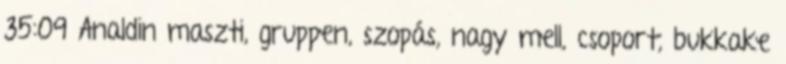
35:09 Analdin maszti, gruppen, szopás, nagy mell, csoport, bukkake